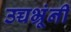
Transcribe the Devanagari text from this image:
उच्चभ्रूंनी